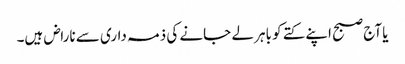
یا آج صبح اپنے کتے کو باہر لے جانے کی ذمہ داری سے ناراض ہیں۔